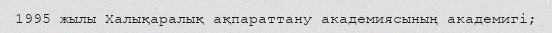
1995 жылы Халықаралық ақпараттану академиясының академигі;